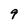
Character: 9